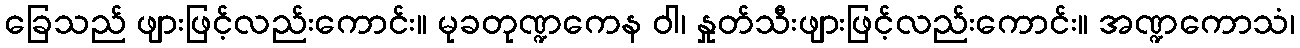
ခြေသည် ဖျားဖြင့်လည်းကောင်း။ မုခတုဏ္ဍကေန ဝါ၊ နှုတ်သီးဖျားဖြင့်လည်းကောင်း။ အဏ္ဍကောသံ၊